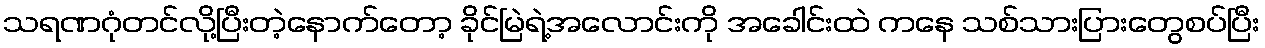
သရဏဂုံတင်လို့ပြီးတဲ့နောက်တော့ ခိုင်မြဲရဲ့အလောင်းကို အခေါင်းထဲ ကနေ သစ်သားပြားတွေစပ်ပြီး